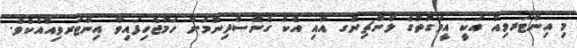
މި އިންޓަރވިއު އަކީ އީވަގުތުގެ ލޯންޗިންގ އާއި އެކު ގެނެސްދިނުމަށް ހަމަޖެހިފައިވާ އިންޓަރވިއުއެކެވެ.